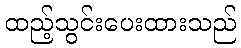
ထည့်သွင်းပေးထားသည်